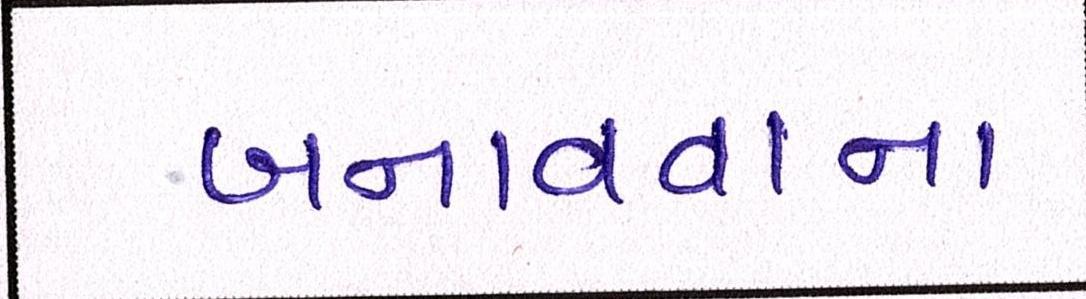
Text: બનાવવાના